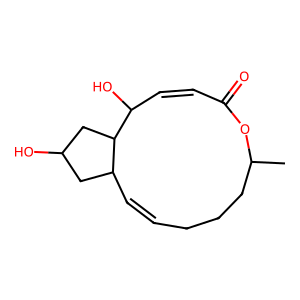
SMILES: CC1CCCC=CC2CC(O)CC2C(O)C=CC(=O)O1
Inhibits HIV replication: No